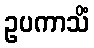
ဥပကာသိံ